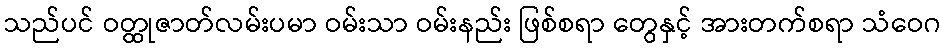
သည်ပင် ဝတ္ထုဇာတ်လမ်းပမာ ဝမ်းသာ ဝမ်းနည်း ဖြစ်စရာ တွေနှင့် အားတက်စရာ သံဝေဂ